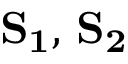
\mathbf { S _ { 1 } } , \, \mathbf { S _ { 2 } }